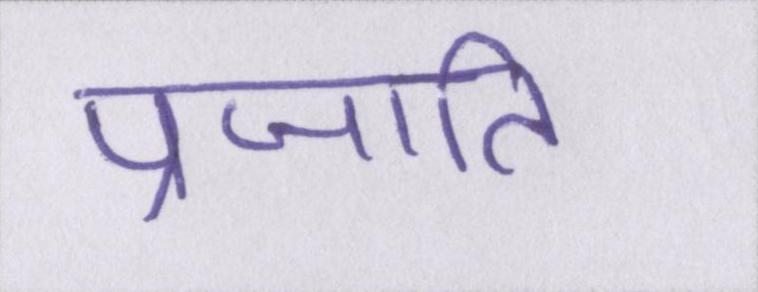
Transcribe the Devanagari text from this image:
प्रजाति